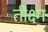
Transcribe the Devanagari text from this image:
तीक्ष्म